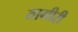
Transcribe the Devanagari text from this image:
तामीरी